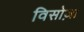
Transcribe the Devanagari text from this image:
विसोज़ा